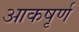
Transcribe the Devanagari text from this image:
आकषृर्ण